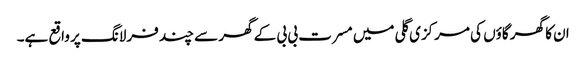
ان کا گھر گاؤں کی مرکزی گلی میں مسرت بی بی کے گھر سے چند فرلانگ پر واقع ہے۔